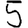
Digit: 5